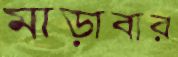
মাড়াবার